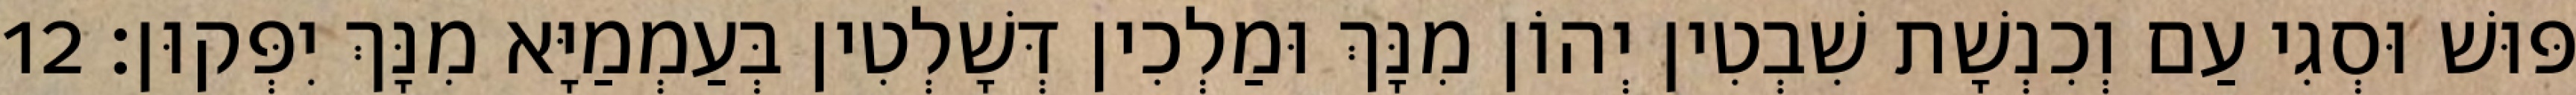
פּוּשׁ וּסְגִי עַם וְכִנְשָׁת שִׁבְטִין יְהוֹן מִנָּךְ וּמַלְכִין דְּשָׁלְטִין בְּעַמְמַיָּא מִנָּךְ יִפְּקוּן׃ 12